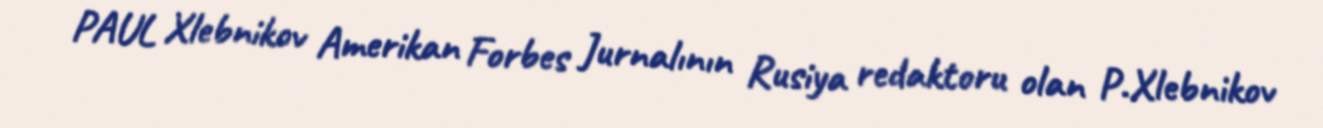
PAUL Xlebnikov Amerikan Forbes Jurnalının Rusiya redaktoru olan P.Xlebnikov